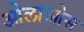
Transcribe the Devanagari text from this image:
ओलाओस